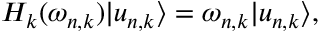
H _ { k } ( \omega _ { n , k } ) | u _ { n , k } \rangle = \omega _ { n , k } | u _ { n , k } \rangle ,